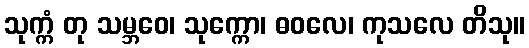
သုက္ကံ တု သမ္ဘဝေ၊ သုက္ကော၊ ဓဝလေ၊ ကုသလေ တိသု။